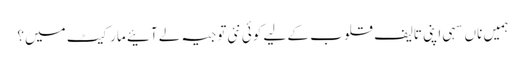
ہمیں ناں سہی اپنی تالیف قلوب کے لیے کوئی نئی توجیہ لے آئیے مارکیٹ میں؟